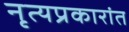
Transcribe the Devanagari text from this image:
नृत्यप्रकारांत